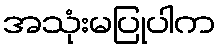
အသုံးမပြုပါက